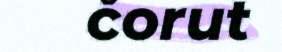
čorut